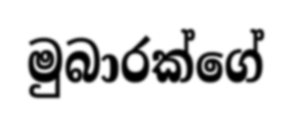
මුබාරක්ගේ